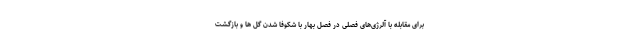
برای مقابله با آلرژی‌های فصلی در فصل بهار با شکوفا شدن گل ها و بازگشت